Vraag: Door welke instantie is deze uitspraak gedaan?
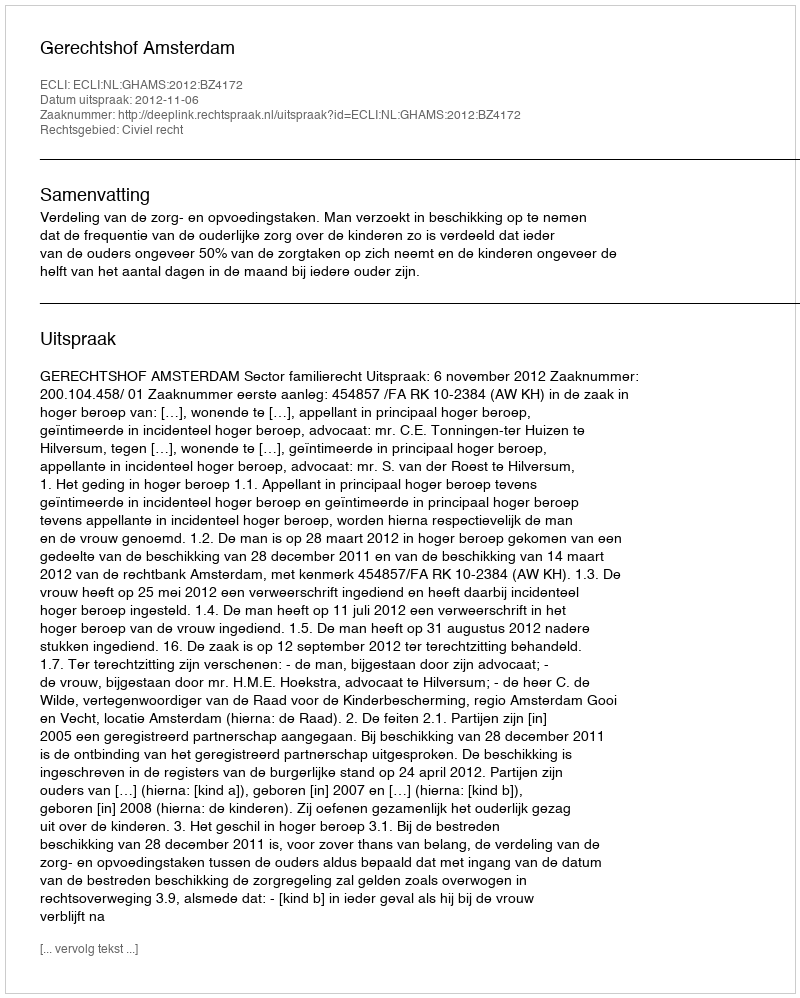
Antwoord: Gerechtshof Amsterdam